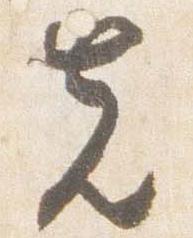
先